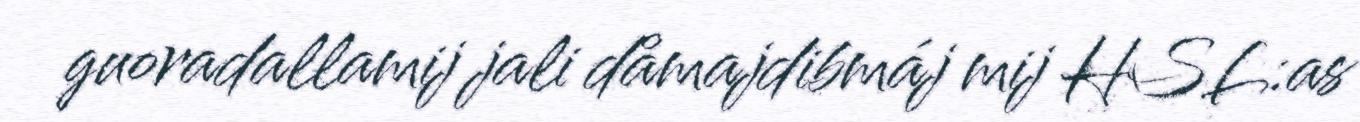
guoradallamij jali dåmajdibmáj mij HSL:as